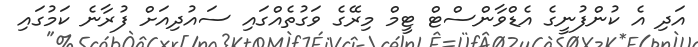
އަދި އެ ކުންފުނީގެ އެޑްވާންސްޓް ޓީމް މިރޭގެ ވަގުތެއްގައި ސައުދިއަށް ފުރާނެ ކަމުގައި